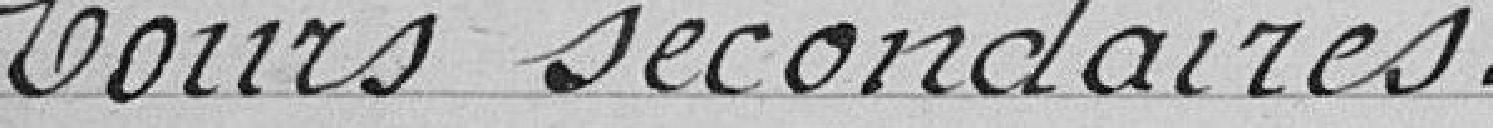
Cours secondaires